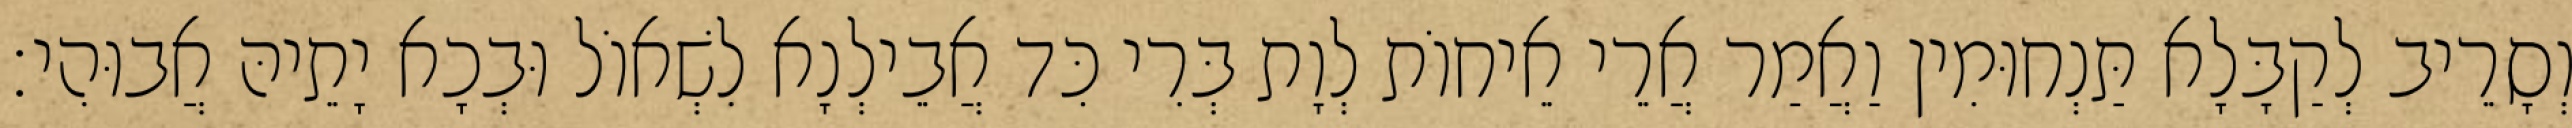
וְסָרֵיב לְקַבָּלָא תַּנְחוּמִין וַאֲמַר אֲרֵי אֵיחוֹת לְוָת בְּרִי כִּד אֲבֵילְנָא לִשְׁאוֹל וּבְכָא יָתֵיהּ אֲבוּהִי׃